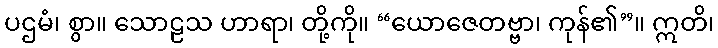
ပဌမံ၊ စွာ။ သောဠသ ဟာရာ၊ တို့ကို။ “ယောဇေတဗ္ဗာ၊ ကုန်၏”။ ဣတိ၊